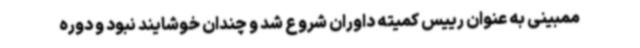
ممبینی به عنوان رییس کمیته داوران شروع شد و چندان خوشایند نبود و دوره